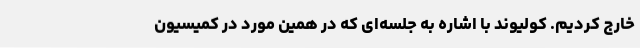
خارج کردیم. کولیوند با اشاره به جلسه‌ای که در همین مورد در کمیسیون